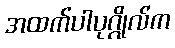
အထက်ပါပုဂ္ဂိုလ်က